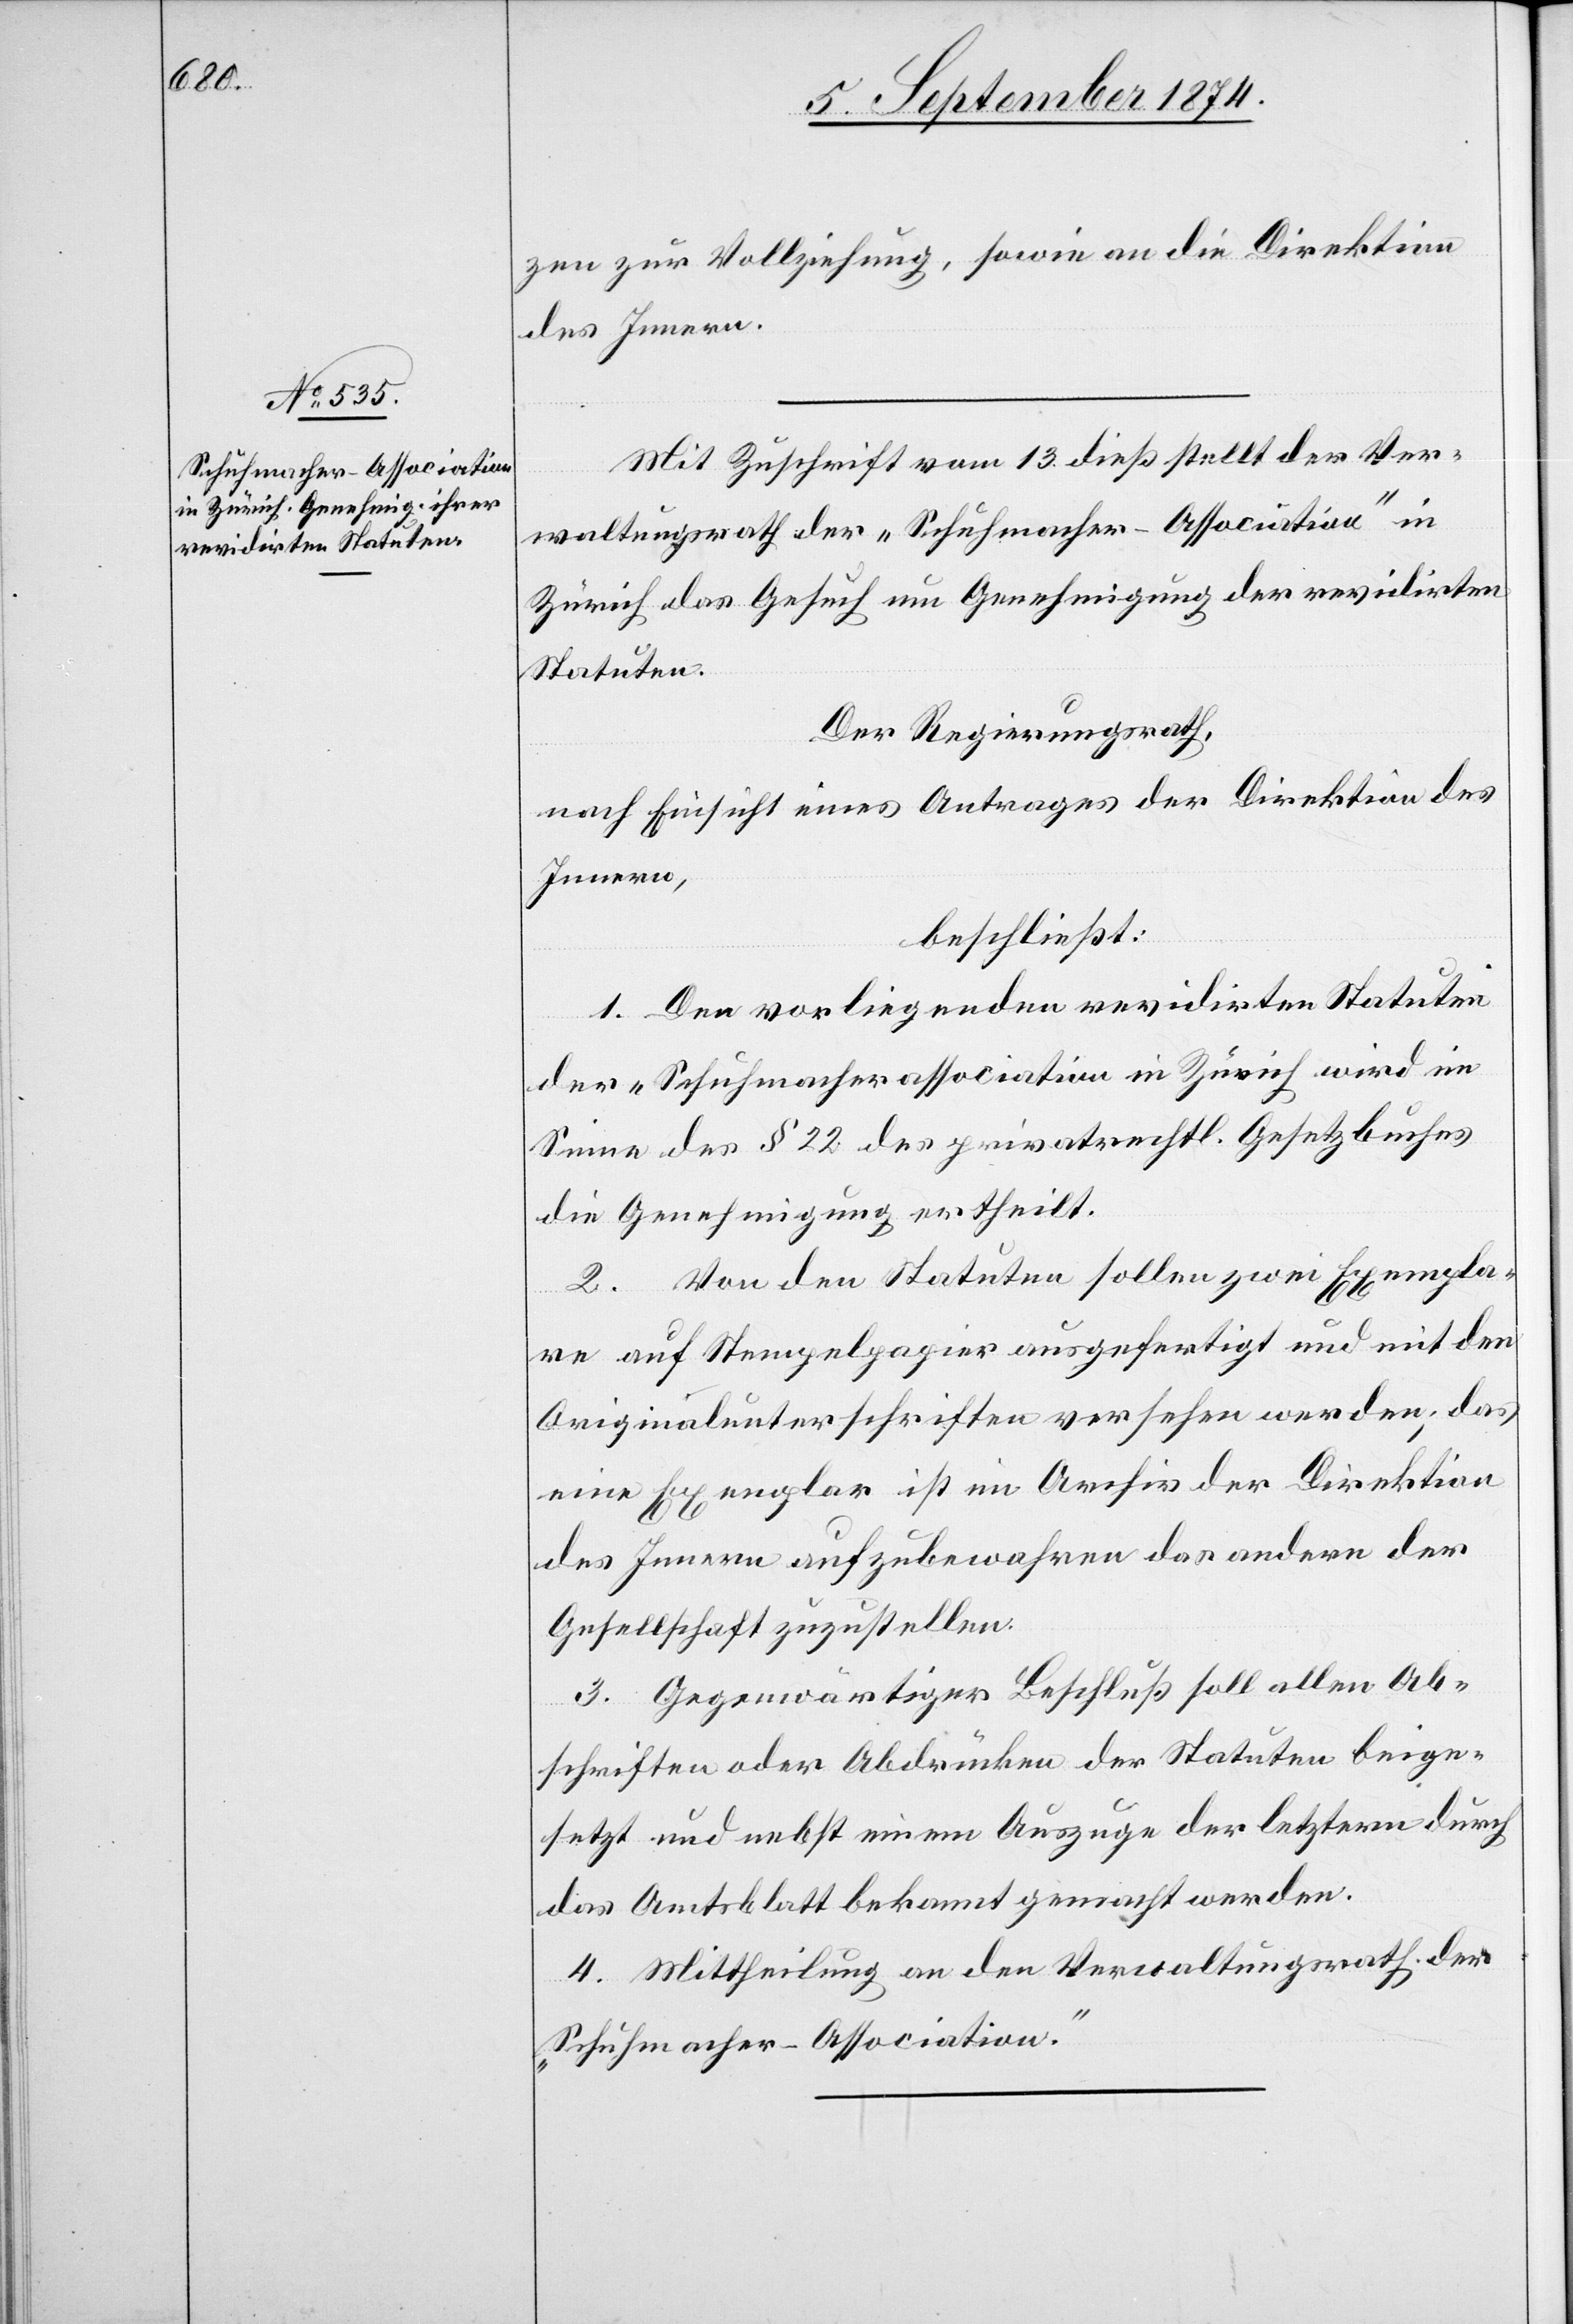
zen zur Vollziehung, sowie an die Direktion
des Innern.
Mit Zuschrift vom 13. dieß stellt der Ver¬
waltungsrath der „Schuhmacher-Association“ in
Zürich das Gesuch um Genehmigung der revidirten
Statuten.
Der Regierungsrath,
nach Einsicht eines Antrages der Direktion des
Innern,
beschließt:
1. Den vorliegenden revidirten Statuten
der „Schuhmacherassociation[“] in Zürich wird im
Sinne des § 22 des privatrechtl. Gesetzbuches
die Genehmigung ertheilt.
2. Von den Statuten sollen zwei Exempla¬
re auf Stempelpapier ausgefertigt und mit den
Originalunterschriften versehen werden, das
eine Exemplar ist im Archiv der Direktion
des Innern aufzuheben das andere der
Gesellschaft zuzustellen.
3. Gegenwärtiger Beschluß soll allen Ab¬
schriften oder Abdrücken der Statuten beige¬
setzt und nebst einem Auszuge der letztern durch
das Amtsblatt bekannt gemacht werden.
4. Mittheilung an den Verwaltungsrath der
„Schuhmacher-Association.“